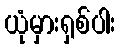
ယုံမှားရှစ်ပါး